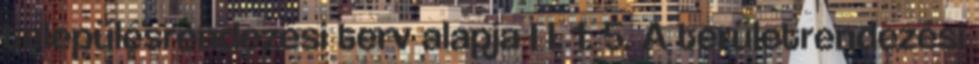
településrendezési terv alapja I I. 1. 5. A területrendezési